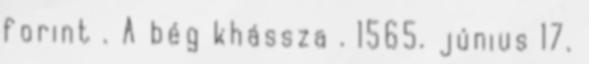
forint . A bég khássza . 1565. június 17.